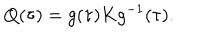
LaTeX: Q ( \tau ) = g ( \tau ) K g ^ { - 1 } ( \tau ) .